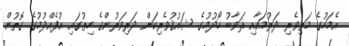
އެމަހުގެ މަތިވެރި ދަރުމައާއި ޘަވާބު ހޯދުމުގެ ޝައުޤުވެރިކަން ދަރިވަރުންގެ ހިތުގައި އުފެއްދުމުގެ ގޮތުން